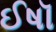
ઈષૉ